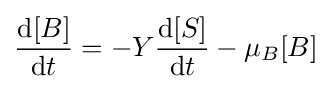
{\frac {{\text{d}}[B]}{{\text{d}}t}}=-Y{\frac {{\text{d}}[S]}{{\text{d}}t}}-\mu _{B}[B]